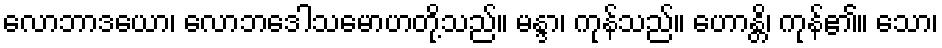
လောဘာဒယော၊ လောဘဒေါသမောဟတို့သည်။ မန္ဒာ၊ ကုန်သည်။ ဟောန္တိ၊ ကုန်၏။ သော၊